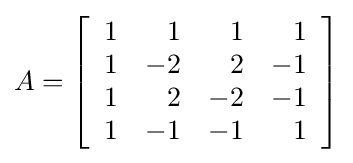
A=\left[{\begin{array}{rrrr}1&1&1&1\\1&-2&2&-1\\1&2&-2&-1\\1&-1&-1&1\\\end{array}}\right]